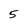
Character: 5